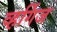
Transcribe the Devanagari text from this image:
व्हर्गिज